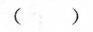
( )